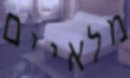
מלאיים